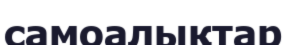
самоалықтар